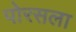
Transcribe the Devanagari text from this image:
पोरसला